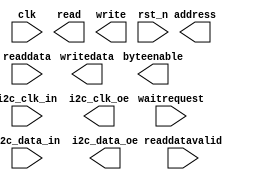

module i2c_avalon_test (
	clk,
	address,
	read,
	readdata,
	readdatavalid,
	waitrequest,
	write,
	byteenable,
	writedata,
	rst_n,
	i2c_data_in,
	i2c_clk_in,
	i2c_data_oe,
	i2c_clk_oe);	

	input		clk;
	output	[31:0]	address;
	output		read;
	input	[31:0]	readdata;
	input		readdatavalid;
	input		waitrequest;
	output		write;
	output	[3:0]	byteenable;
	output	[31:0]	writedata;
	input		rst_n;
	input		i2c_data_in;
	input		i2c_clk_in;
	output		i2c_data_oe;
	output		i2c_clk_oe;
endmodule